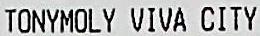
TONYMOLY VIVA CITY